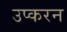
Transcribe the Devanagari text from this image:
उप्करन